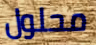
محلول